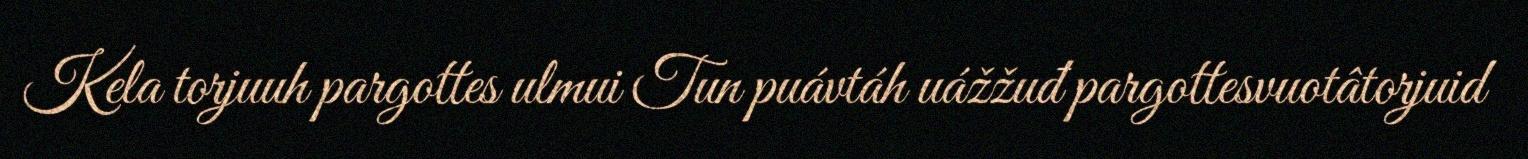
Kela torjuuh pargottes ulmui Tun puávtáh uážžuđ pargottesvuotâtorjuid